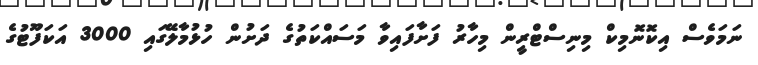
ނަމަވެސް އިކޮނޮމިކް މިނިސްޓްރީން މިހާރު ފަށާފައިވާ މަސައްކަތުގެ ދަށުން ހުޅުމާލޭގައި 3000 އަކަފޫޓުގެ